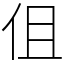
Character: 伹